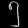
Digit: ၅